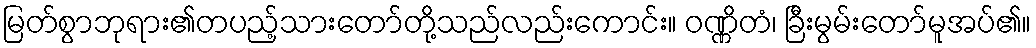
မြတ်စွာဘုရား၏တပည့်သားတော်တို့သည်လည်းကောင်း။ ဝဏ္ဏိတံ၊ ခြီးမွမ်းတော်မူအပ်၏။